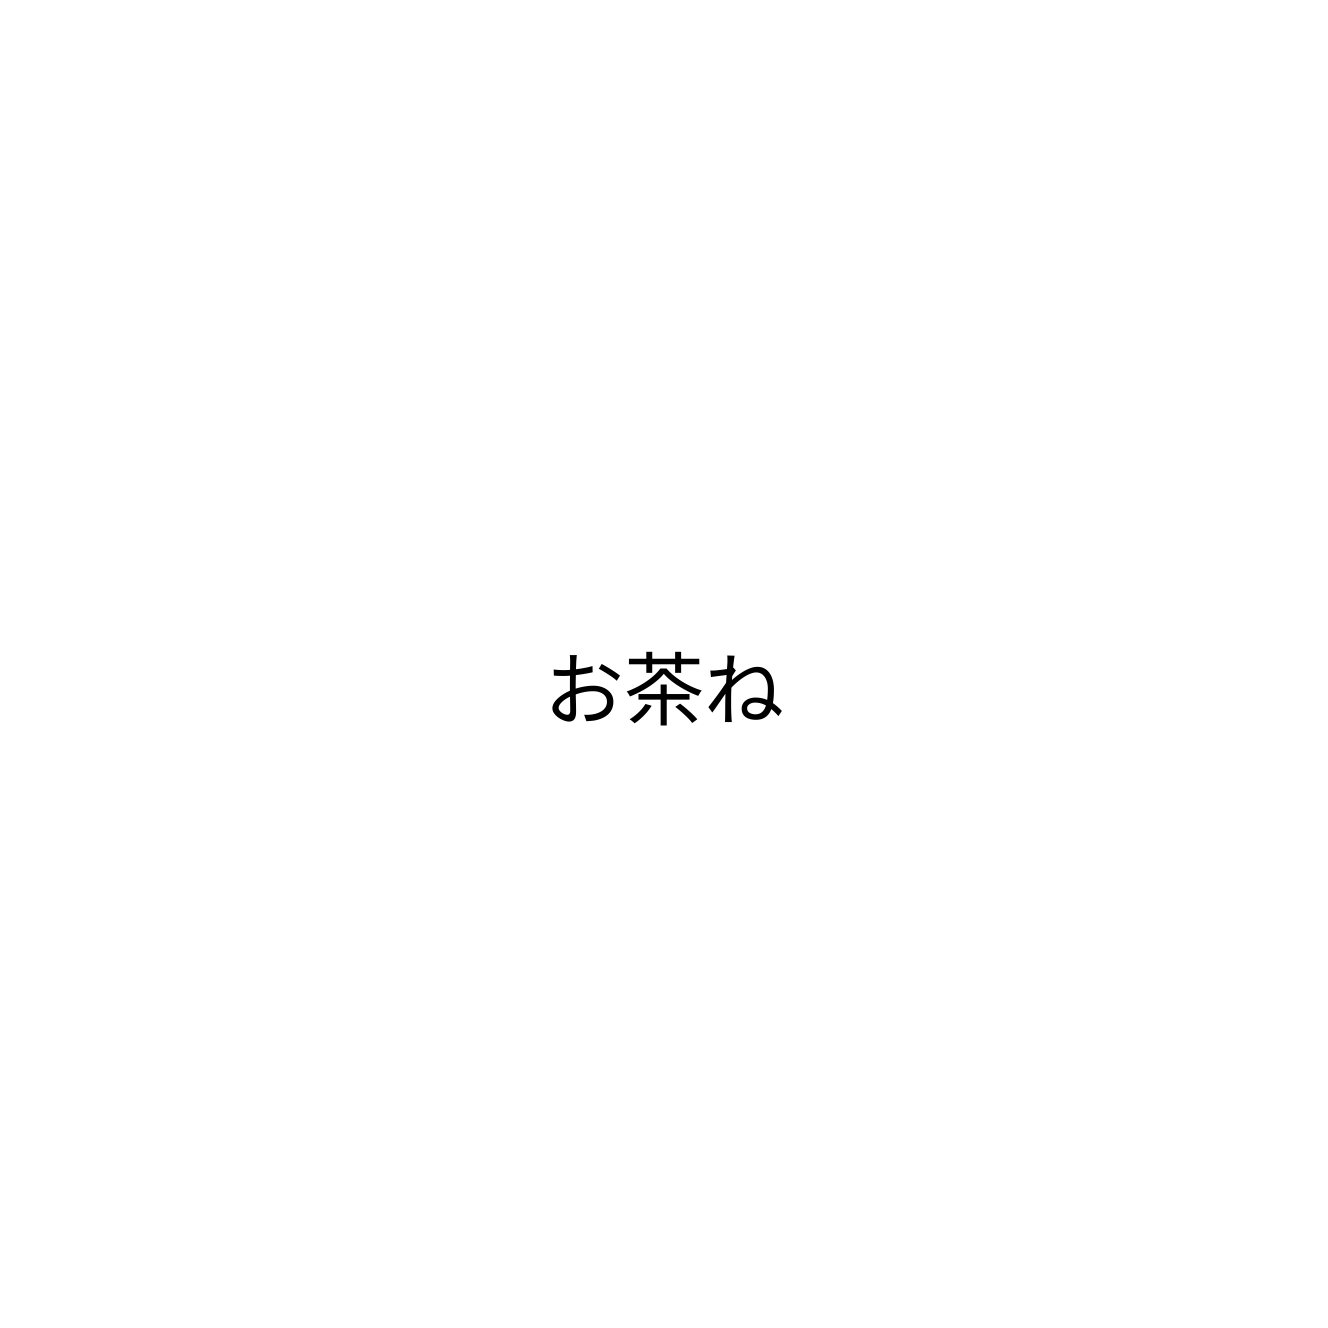
お茶ね